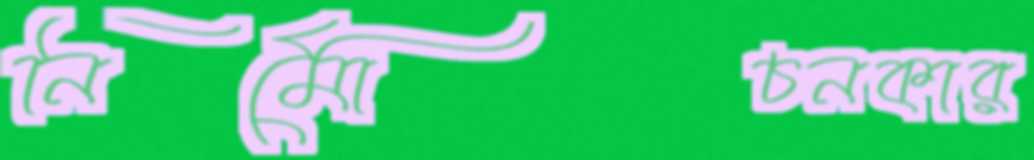
নির্মোচনকার